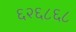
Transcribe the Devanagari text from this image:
६२६८६८